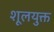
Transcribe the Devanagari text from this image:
शूलयुक्त